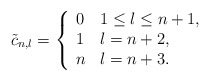
\begin{align*} \tilde{c}_{n,l}=\left\{ \begin{array}{ll} 0 & 1\leq l\leq n+1,\\ 1 & l=n+2,\\ n & l=n+3. \end{array}\right.\end{align*}